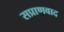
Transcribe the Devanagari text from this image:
सप्राणवाद